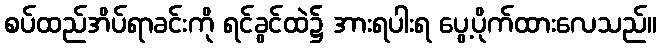
စပ်ထည်အိပ်ရာခင်းကို ရင်ခွင်ထဲ၌ အားရပါးရ ပွေ့ပိုက်ထားလေသည်။